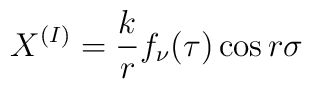
X^{(I)} = {\displaystyle \frac{k}{r} f_{\nu} (\tau) \cos r\sigma  }